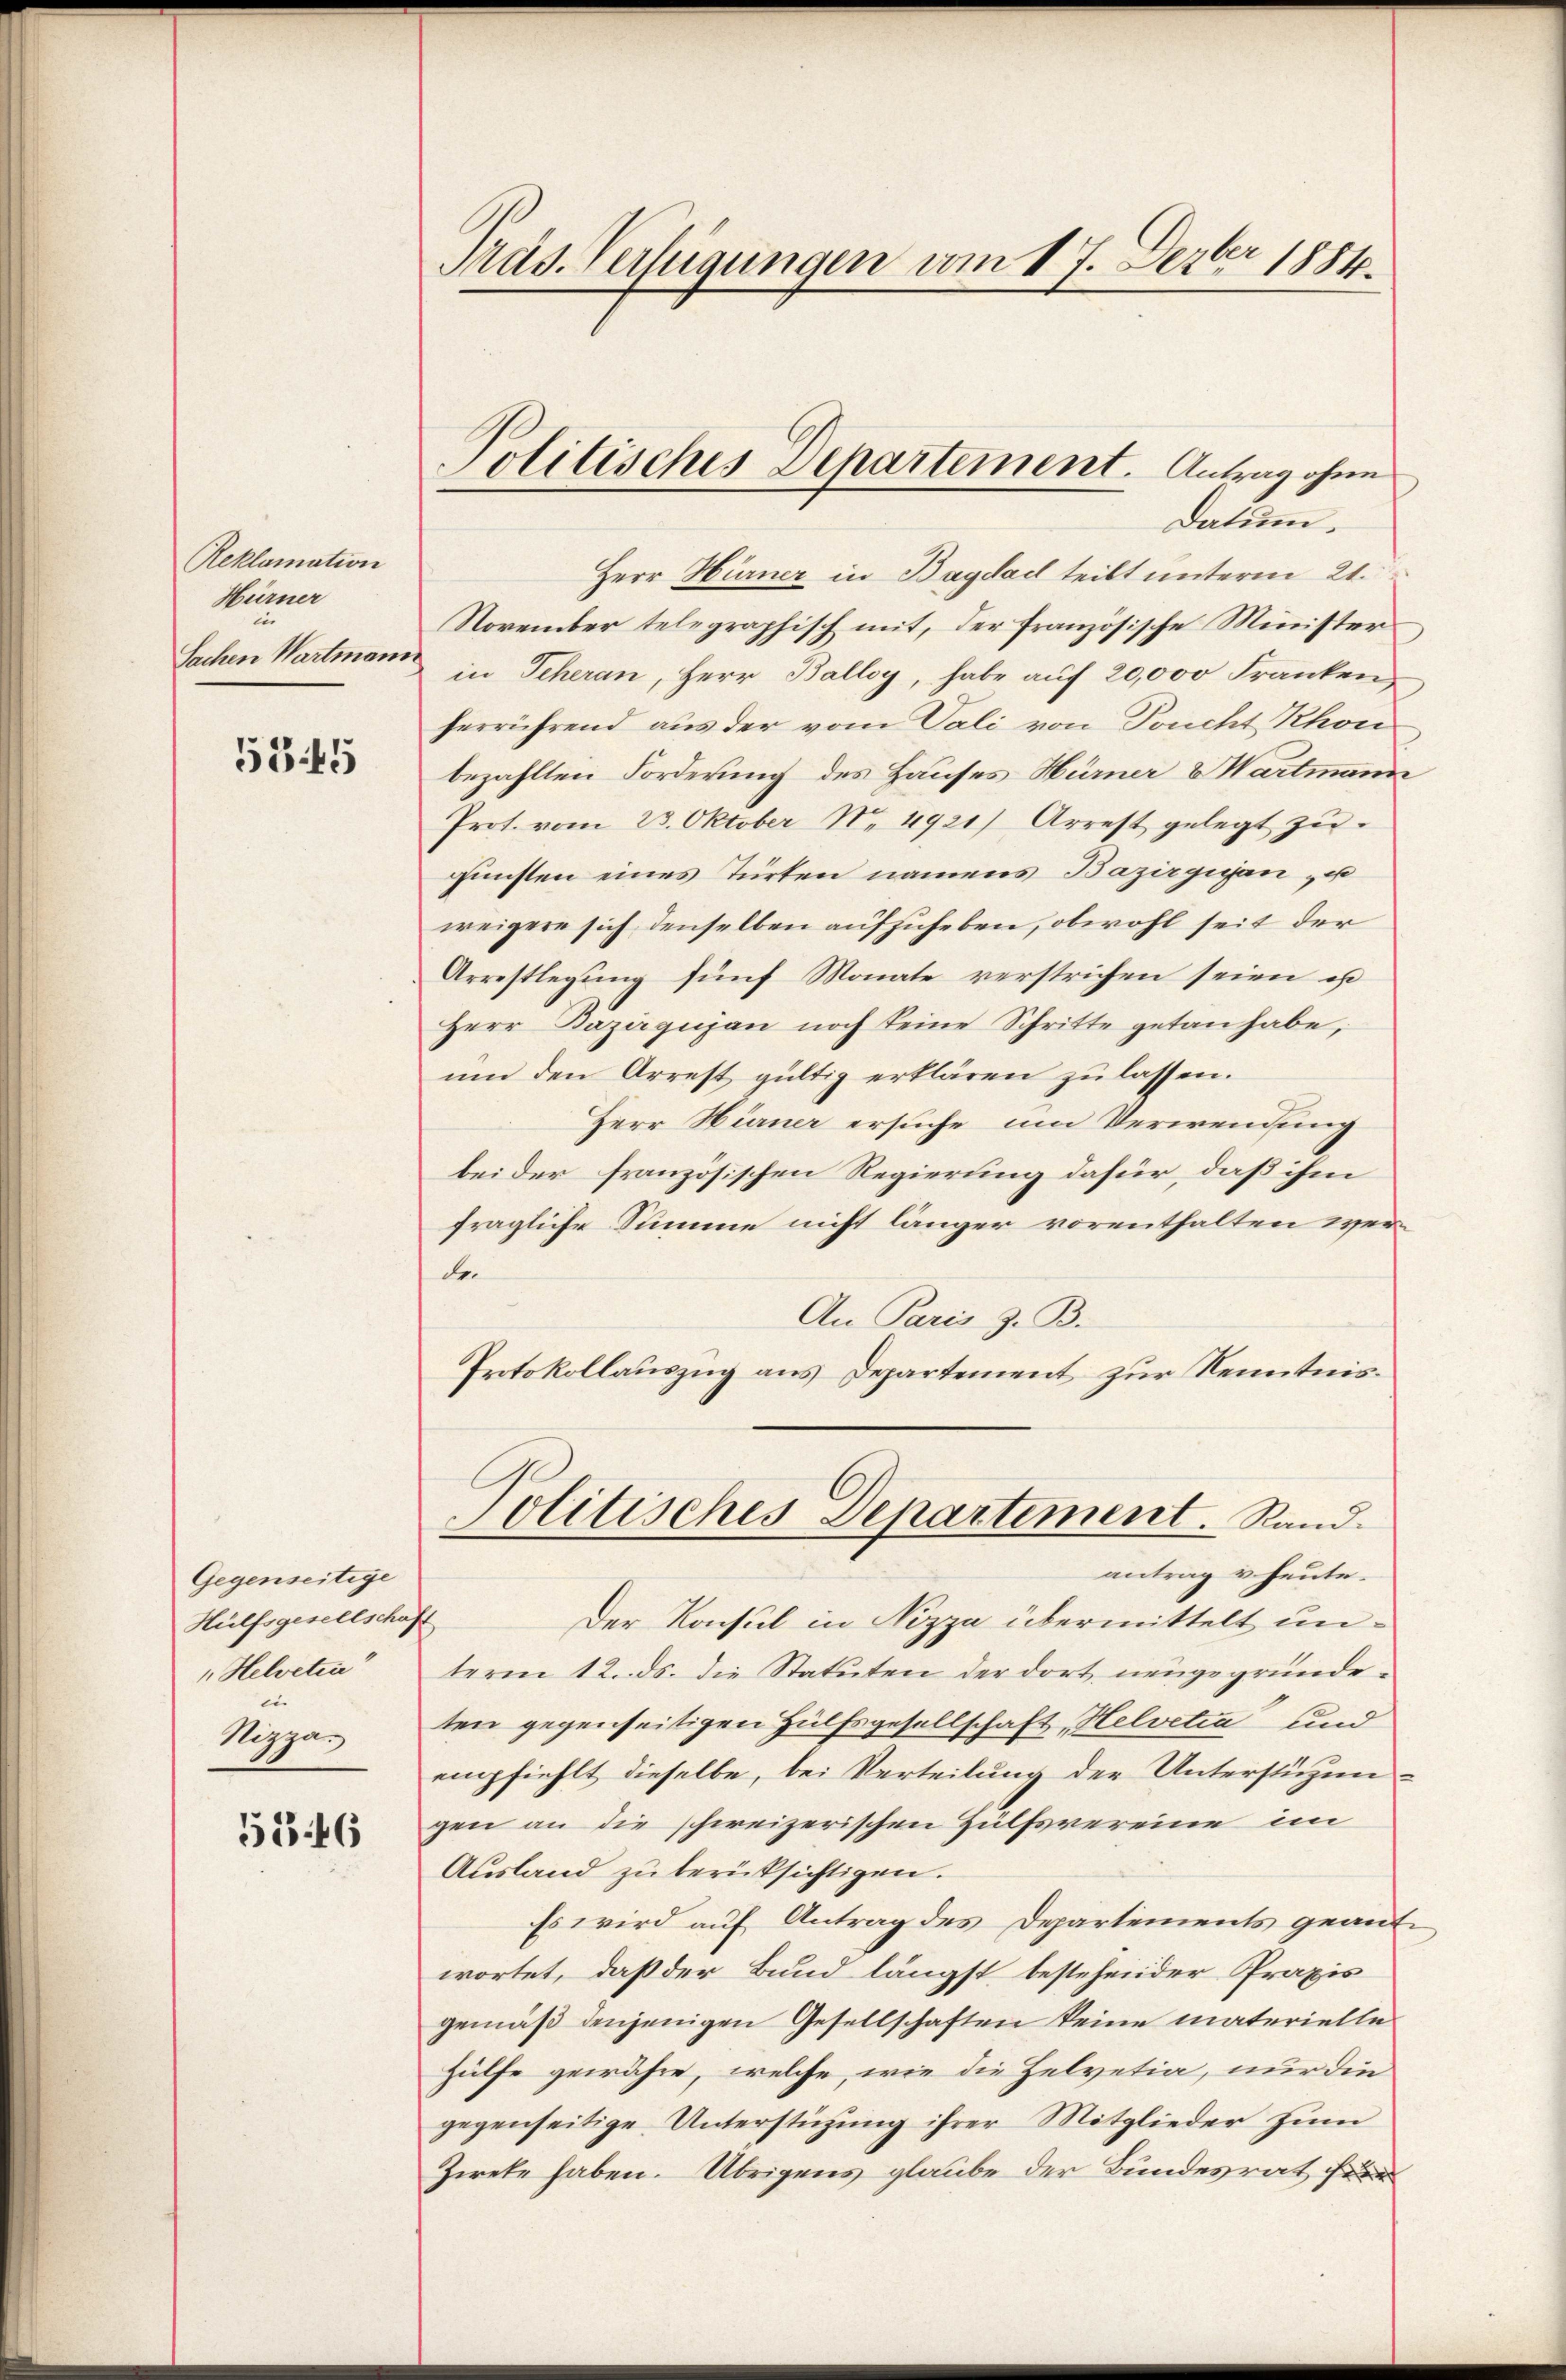
Reklamation
Hürner
Sachen Wartmann

5345

Gegenseitige
Hülfsgesellschaft
 Helveten
en
Nizza¬

5546

Pads. Verfügungen vom 17. Dezbr 1884.

Herr Hürner in Bagdad teilt unterm 21.
November telegraphisch mit, der französische Minister
in Scheran, Herr Balloy, habe auf 20,000 Franken,
herrührend aus der vom Tali von Teucht Khon
bezahlten Forderung des Hauses Hürner & Wartmann
Prot. vom 23. Oktober No. 4921) Arrest gelegt zu
günsten eines Türten namens Bazirgigen, u
weigere sich denselben aufzuheben, obwohl seit der
Arrestlegung fünf Monate verstrichen seien, es
Herr Dazirgugan noch keine Schritte getan habe,
ŭm den Arrest gültig erklären zu lassen.
Herr Hürner ersuche um Verwendung
bei der französischen Regierung dafür, daß ihm
fragliche Summe nicht länger vorenthalten werde.
An Paris z. B.
Protokollauszug aus Departement zur Kenntnis¬

Politisches Departement. Antrag ohne
Datum.

Der Konsul in Nizza übermittelt unterm 12. ds. die Statuten der dort neugegründeten gegenseitigen Hülfsgesellschaft Helvetia und
empfiehlt dieselbe, bei Verteilung der Unterstüzungen an die schweizerischen Hülfsvereine im
Ausland zu berücksichtigen.
Es wird auf Antrag des Departements geantwortet, daß der Bund längst bestehender Praxis
gemäß denjenigen Gesellschaften keine materielle
Hülfe gewähre, welche, wie die Helvetia, nur die
gegenseitige Unterstützung ihrer Mitglieder zum
Ziete haben. Übrigens glaube der Bundesrat für

Politisches Departement. Rand.
antrag u. heute.